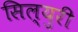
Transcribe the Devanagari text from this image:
सिल्युरी